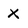
Character: x